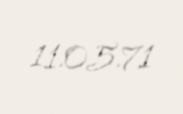
11.05.71